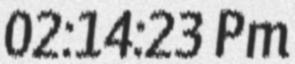
02:14:23 Pm